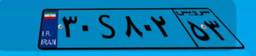
۶۴S۲۷۷۱۱